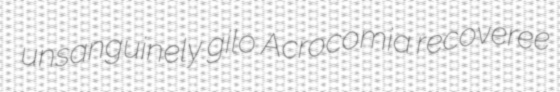
unsanguinely gilo Acrocomia recoveree